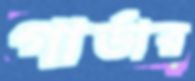
গার্ডার